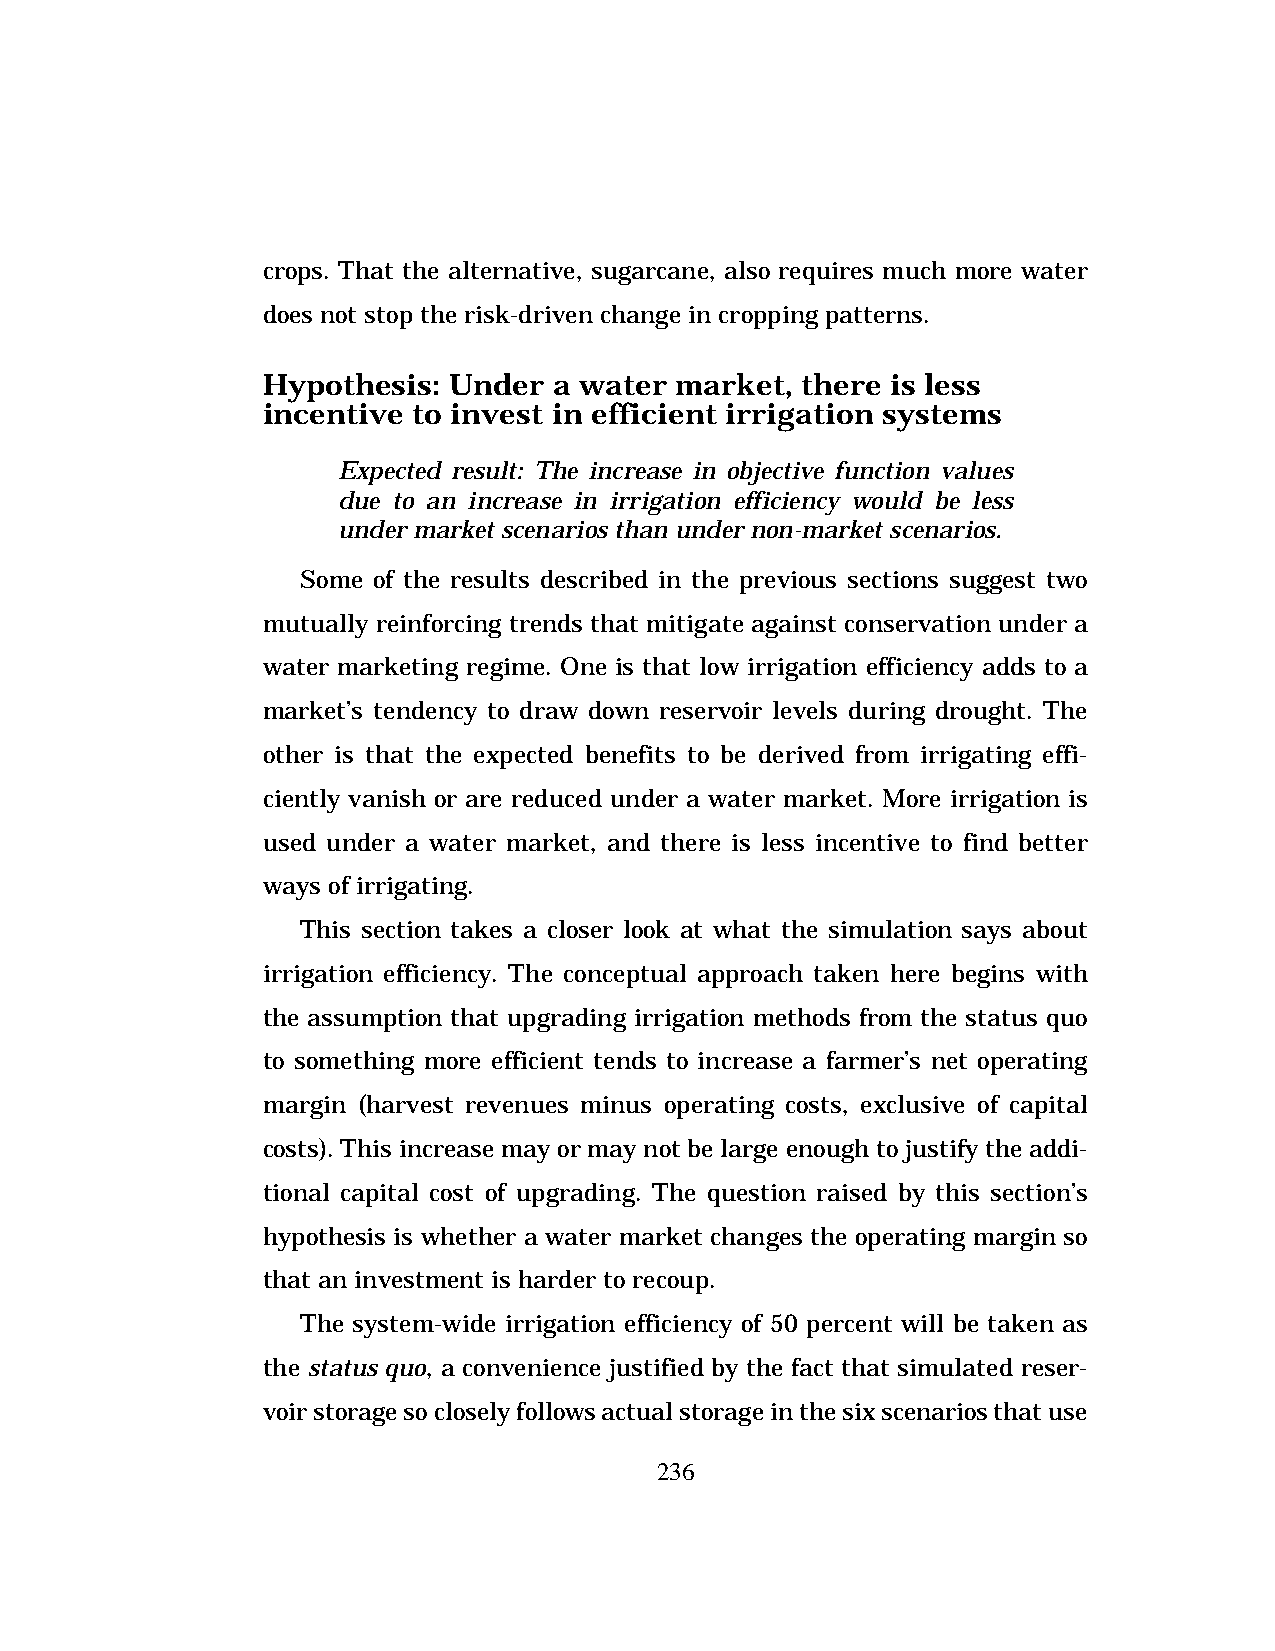
crops. That the alternative, sugarcane, also requires much more water
 does not stop the risk-driven change in cropping patterns.
 Hypothesis:  Under  a water market, there is less
 incentive to invest in efficient irrigation systems
 Expected result: The increase in objective function values
 due to an increase in irrigation efficiency would be less
 under market scenarios than under non-market scenarios.
 Some of the results described in the previous sections suggest two
 mutually reinforcing trends that mitigate against conservation under a
 water marketing regime. One is that low irrigation efficiency adds to a
 market’s tendency to draw down reservoir levels during drought. The
 other is that the expected benefits to be derived from irrigating effi-
 ciently vanish or are reduced under a water market. More irrigation is
 used under a water market, and there is less incentive to find better
 ways of irrigating.
 This section takes a closer look at what the simulation says about
 irrigation efficiency. The conceptual approach taken here begins with
 the assumption that upgrading irrigation methods from the status quo
 to something more efficient tends to increase a farmer’s net operating
 margin (harvest revenues minus operating costs, exclusive of capital
 costs). This increase may or may not be large enough to justify the addi-
 tional capital cost of upgrading. The question raised by this section’s
 hypothesis is whether a water market changes the operating margin so
 that an investment is harder to recoup.
 The system-wide irrigation efficiency of 50 percent will be taken as
 the status quo, a convenience justified by the fact that simulated reser-
 voir storage so closely follows actual storage in the six scenarios that use
 236